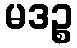
မဒဉ္စ